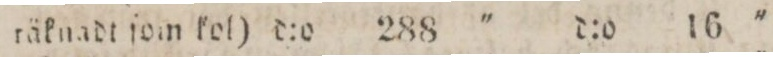
räknadt ſom kol)    d:o    288    '    d:o    16    '